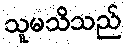
သူမသိသည်